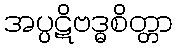
အပ္ပဋိဗဒ္ဓစိတ္တာ